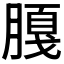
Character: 𱼕